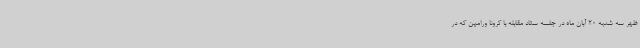
ظهر سه شنبه 20 آبان ماه در جلسه ستاد مقابله با کرونا ورامین که در